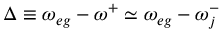
\Delta \equiv \omega _ { e g } - \omega ^ { + } \simeq \omega _ { e g } - \omega _ { j } ^ { - }